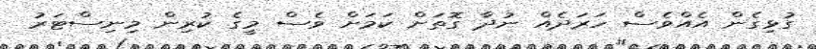
ގުޅިގެން އެއްވެސް ހަރަދެއް ނުދާ ގޮތަށް ކަމަށް ވެސް މީގެ ކުރިން މިނިސްޓަރު